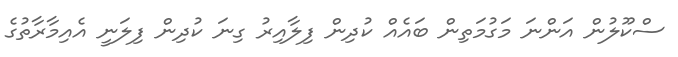
ސްކޫލުން އަންނަ މަގުމަތިން ބައެއް ކުދިން ފިލާއިރު ގިނަ ކުދިން ފިލަނީ އެއިމާރާތުގެ